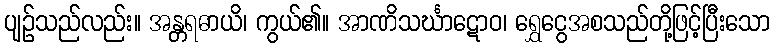
ပျဉ်သည်လည်း။ အန္တရဓာယိ၊ ကွယ်၏။ အာဏိသင်္ဃာဋောဝ၊ ရွှေငွေအစသည်တို့ဖြင့်ပြီးသော